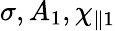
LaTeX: \sigma,A_{1},\chi_{\parallel 1}